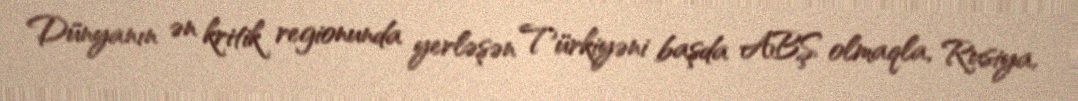
Dünyanın ən kritik regionunda yerləşən Türkiyəni başda ABŞ olmaqla, Rusiya,